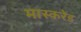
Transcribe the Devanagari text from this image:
मास्करेड